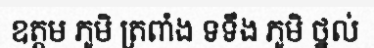
ឧត្តម ភូមិ ត្រពាំង ទទឹង ភូមិ ថ្នល់